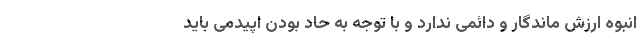
انبوه ارزش ماندگار و دائمی ندارد و با توجه به حاد بودن اپیدمی باید